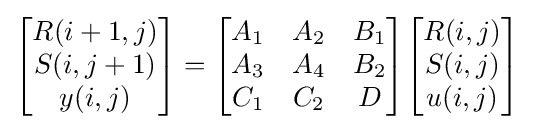
{\begin{bmatrix}R(i+1,j)\\S(i,j+1)\\y(i,j)\end{bmatrix}}={\begin{bmatrix}A_{1}&A_{2}&B_{1}\\A_{3}&A_{4}&B_{2}\\C_{1}&C_{2}&D\end{bmatrix}}{\begin{bmatrix}R(i,j)\\S(i,j)\\u(i,j)\end{bmatrix}}